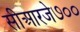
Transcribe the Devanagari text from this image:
सीआरजे७००